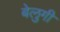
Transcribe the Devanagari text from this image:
बेलुगी